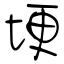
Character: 埂